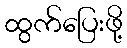
ထွက်ပြေးဖို့